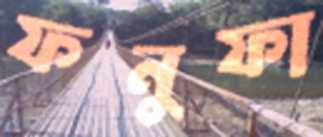
ফনুফা